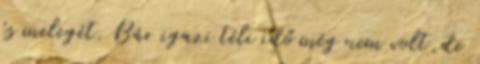
és melegét. Bár igazi téli idő még nem volt,de